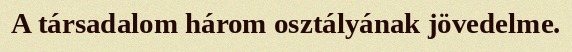
A társadalom három osztályának jövedelme.